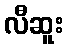
လီဆူး